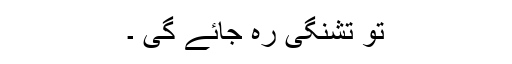
تو تشنگی رہ جائے گی ۔